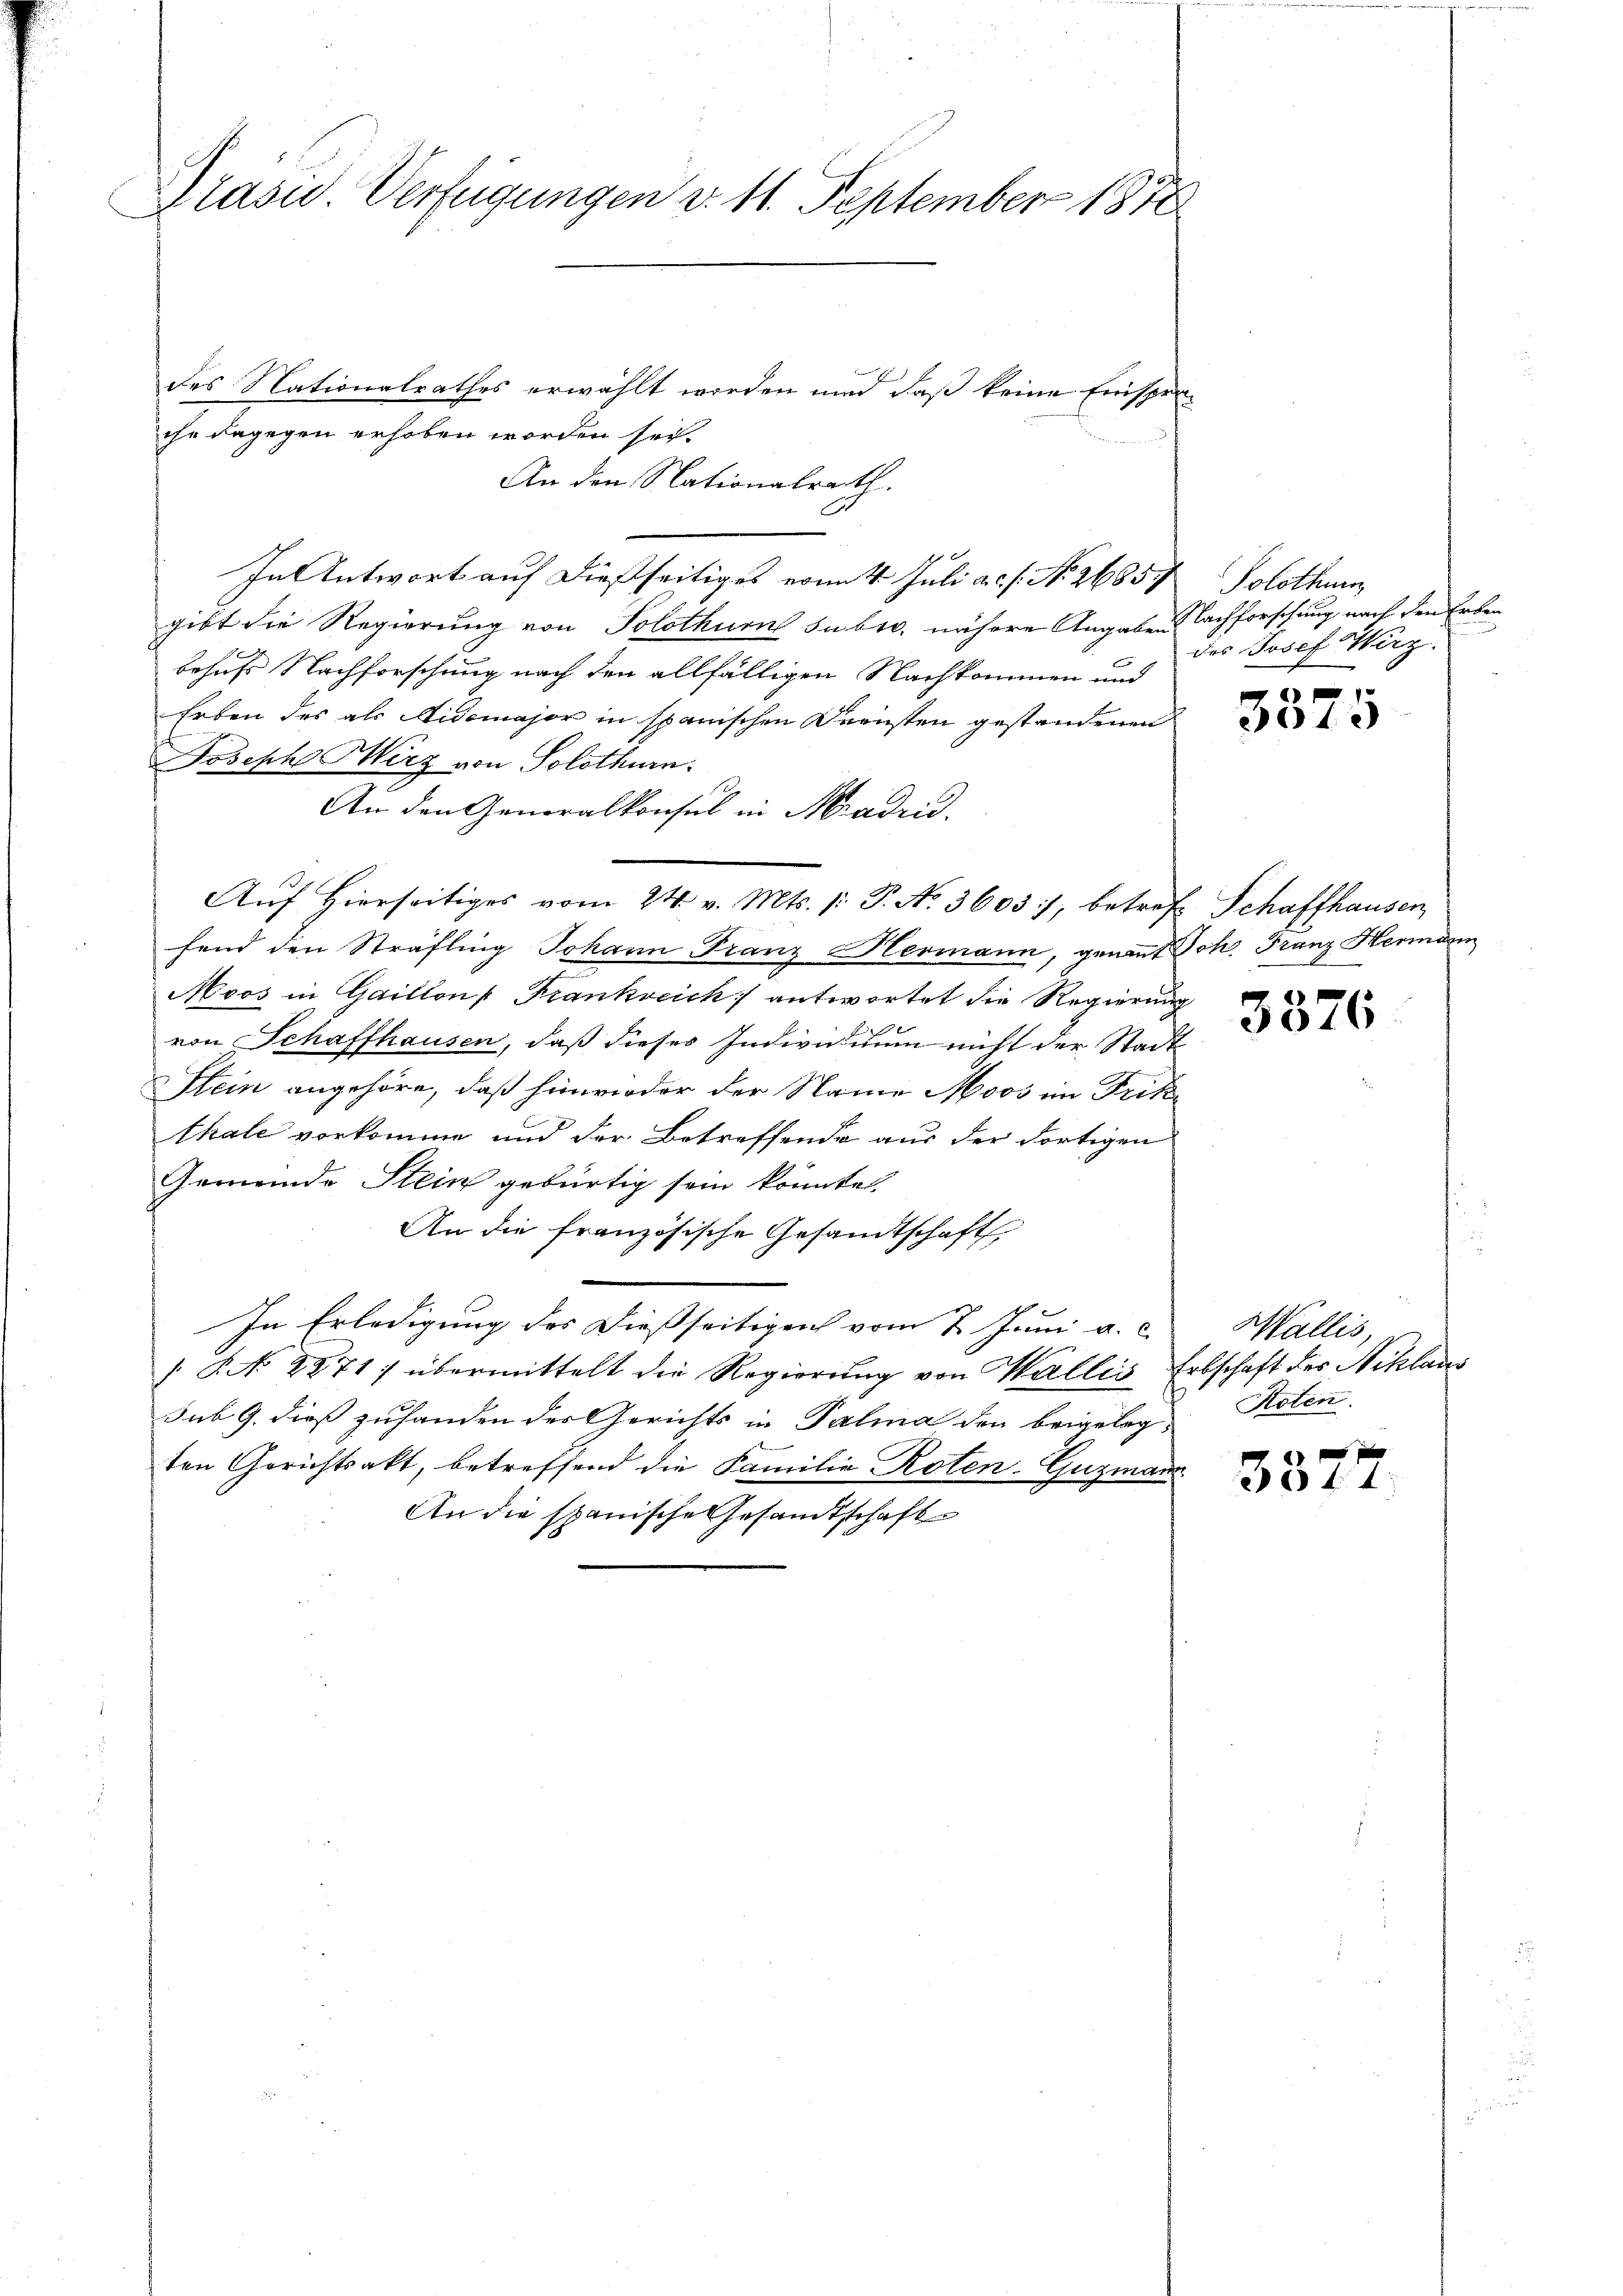
Präsu. Verfügungen d. 11. September 1872

des Nationalrathes erwählt worden und daß keine Einsprache dagegen erhoben worden sei.
An den Nationalrath.
In Antwort auf dießseitiges vom 4. Juli a.c. s. No. 2685/
gibt die Regierung von Solothurn subst. nähere Angaben Nachforschung nach den Erben
behufs Nachforschung nach den allfälligen Nachkommen und
Erben des als Nidemajor in spanischen Kreisten gestandenen
Joseph Herz von Solothurn.
An den Generalkonsul in Madri
fend den Sträfling Johann Franz Hermann, genant Joh. Franz Hermann
Moos in Gaillons Frankreich antwortet die Regierung

von Schaffhausen, daß dieses Individuum nicht der Stadt
Stein angehöre, daß hinwieder der Name Moos im Frikthale vorkomme und der Betreffende aus der dortigen
Gemeinde Stein gebürtig sein könnte.
An die französische Gesandtschaft,
In Erledigung des dießseitigen vom 7. Juni a. c.
§ No. 2871) übermittelt die Regierung von Wallis Erbschaft der Niklaus
sub 9. dieß zuhanden der Gerichts in Palia den beigelag Roten
ten Gerichtsakt, betreffend die Familie Roten-Guzmann
An die spanische Gesandtschaft

Aŭf Hierseitiges vom 24. v. Mts. p: P. No. 3603), betrof Schaffhausen

Solothurn,
des Josef Wirz

6)
043

3376

Wallis,

11 f 0 x
6 f. 1